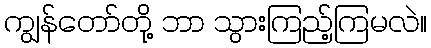
ကျွန်တော်တို့ ဘာ သွားကြည့်ကြမလဲ။